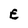
Character: E